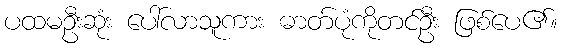
ပထမဦးဆုံး ပေါ်လာသူကား ဓာတ်ပုံကိုတင်ဦး ဖြစ်ပေ၏။